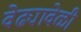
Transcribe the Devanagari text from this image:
वेढ्यावेळी